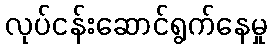
လုပ်ငန်းဆောင်ရွက်နေမှု